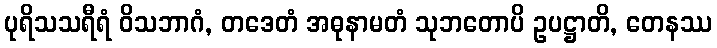
ပုရိသသရီရံ ဝိသဘာဂံ, တဒေတံ အဓုနာမတံ သုဘတောပိ ဥပဋ္ဌာတိ, တေနဿ